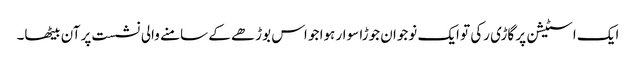
ایک اسٹیشن پر گاڑی رکی تو ایک نوجوان جوڑا سوار ہوا جو اس بوڑھے کے سامنے والی نشست پر آن بیٹھا۔